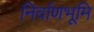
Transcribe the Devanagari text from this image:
निर्वाणभूमि